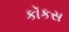
કૉકસ